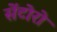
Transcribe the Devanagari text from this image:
सेंटोरो